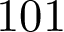
1 0 1